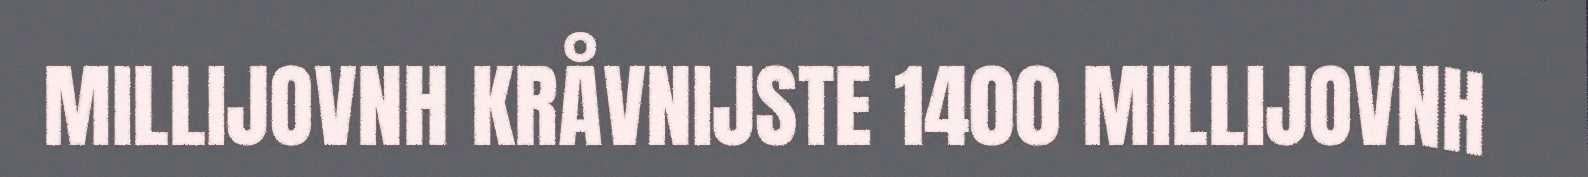
MILLIJOVNH KRÅVNIJSTE 1400 MILLIJOVNH